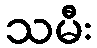
သမီး